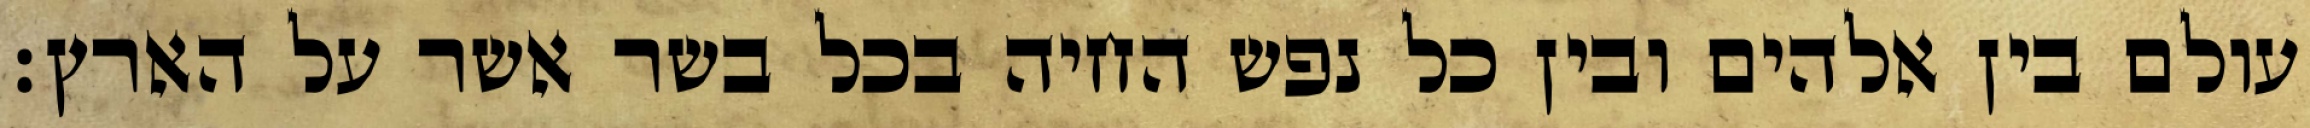
עולם בין אלהים ובין כל נפש החיה בכל בשר אשר על הארץ׃